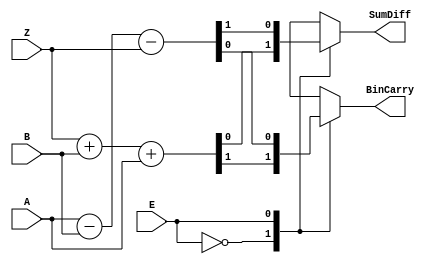
module HW5_substractor(A, B,Z, E, SumDiff, BinCarry);
	input A, B, Z, E;
	output SumDiff, BinCarry;
	reg SumDiff;
	reg BinCarry;
	
	always @(E)begin
		case(E)
			0:{BinCarry, SumDiff} = (Z + B + A) ;
			1:{SumDiff, BinCarry} = (A - B - Z) ;
		endcase
	end
endmodule